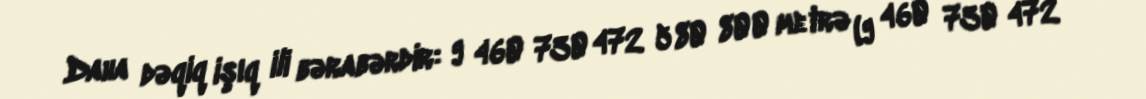
Daha dəqiq işıq ili bərabərdir: 9 460 730 472 580 800 metrə (9 460 730 472